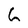
Character: 6